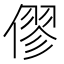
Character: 僇